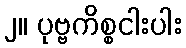
၂။ ပုဗ္ဗကိစ္စငါးပါး